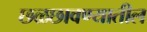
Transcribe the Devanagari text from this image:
छळछावण्यातील